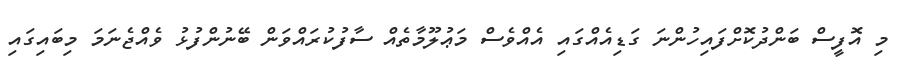
މި އޮފީސް ބަންދުކޮށްފައިހުންނަ ގަޑިއެއްގައި އެއްވެސް މަޢުލޫމާތެއް ސާފުކުރައްވަން ބޭނުންފުޅު ވެއްޖެނަމަ މިބައިގައި